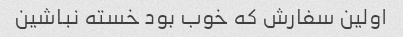
اولین سفارش که خوب بود خسته نباشین